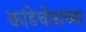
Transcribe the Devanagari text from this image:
कांडेचोराच्या